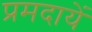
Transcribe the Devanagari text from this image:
प्रमदायें